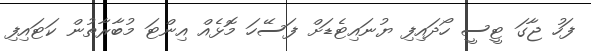
ފަހު ޖާގަ ޓީސީ ހޯދައިފި ޔުނައިޓެޑަށް ފަސޭހަ މޮޅެއް އިންޓަ މުބާރާތުން ކަޓައިފި